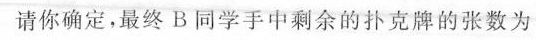
请你确定最终B同学手中剩余的扑克牌的张数为